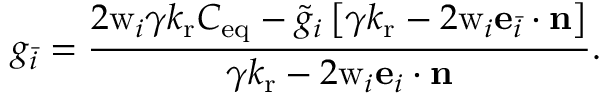
g _ { \bar { i } } = \frac { 2 \mathrm { w } _ { i } \gamma { k _ { \mathrm { r } } C _ { \mathrm { e q } } - \tilde { g } _ { i } \left[ { \gamma k _ { \mathrm { r } } - 2 \mathrm { w } _ { i } \mathbf { e } _ { \bar { i } } \cdot \mathbf { n } } \right] } } { { \gamma k _ { \mathrm { r } } - 2 \mathrm { w } _ { i } \mathbf { e } _ { i } \cdot \mathbf { n } } } .